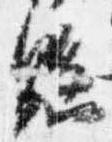
懸